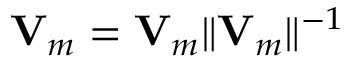
{ \bf V } _ { m } = { \bf V } _ { m } \| { \bf V } _ { m } \| ^ { - 1 }